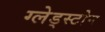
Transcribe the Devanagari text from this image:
ग्लेड्स्टोन